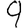
Digit: 9